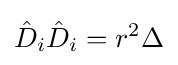
{\hat {D}}_{i}{\hat {D}}_{i}=r^{2}\Delta